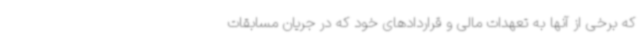
که برخی از آنها به تعهدات مالی و قراردادهای خود که در جریان مسابقات